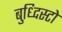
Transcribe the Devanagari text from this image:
बुध्दिस्टो